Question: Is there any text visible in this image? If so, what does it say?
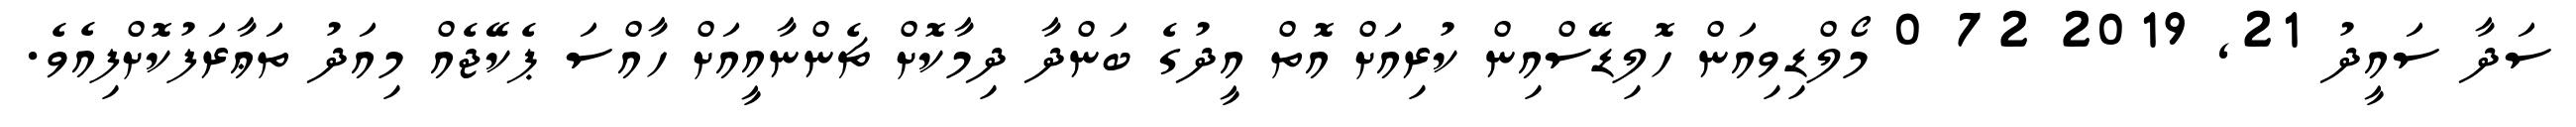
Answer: ސަދާ ސައީދު 21, 2019 72 0 މޯލްޑިވިއަން ހޮލިޑޭސްއިން ކުރިއަށް އޮތް އީދުގެ ބަންދާ ދިމާކޮށް ޗެންނާއީއަށް ހާއްސަ ޕެކޭޖެއް މިއަދު ތަޢާރަފުކޮށްފިއެވެ.